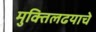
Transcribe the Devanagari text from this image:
मुक्तिलढयाचे